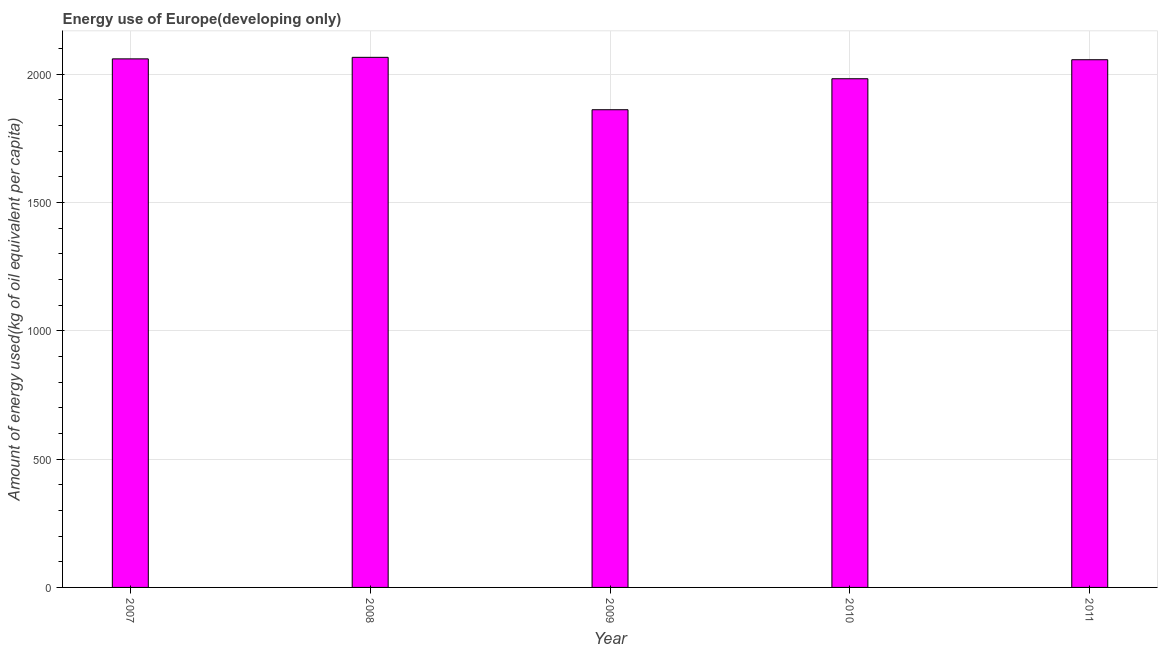
| Year | Energy use  |
 | --- | --- |
 | 2007 | 2.06e+03 |
 | 2008 | 2.07e+03 |
 | 2009 | 1.86e+03 |
 | 2010 | 1.98e+03 |
 | 2011 | 2.06e+03 |